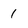
Character: 1